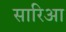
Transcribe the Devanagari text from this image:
सारिआ